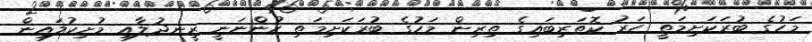
މަހުގެ ބުރަކަށިމަތީ ހަރު ކޮތަރިބައިގެ ތިރިން މަހުގެ ބުރަކަށިމަތި ހުންނަނީ ރީނދުލާއި މުށިކުލައިން